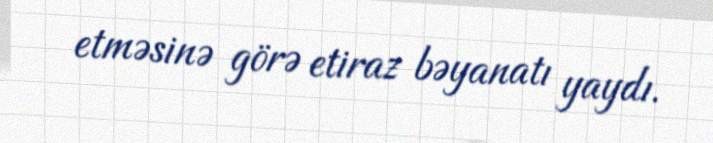
etməsinə görə etiraz bəyanatı yaydı.